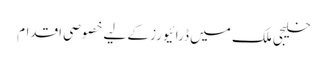
خلیجی ملک میں ڈرائیورز کے لیے خصوصی اقدام